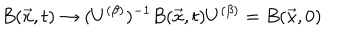
B ( \vec { x } , t ) \rightarrow ( U ^ { ( \beta ) } ) ^ { - 1 } B ( \vec { x } , t ) U ^ { ( \beta ) } = B ( \vec { x } , 0 )